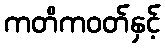
ကတိကဝတ်နှင့်